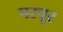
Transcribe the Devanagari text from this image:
परचूर